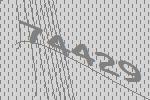
74429